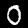
Label: 0